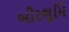
બીરભૂમિ